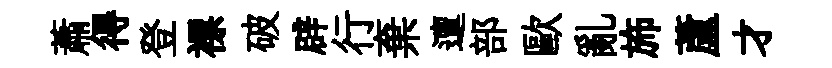
蕭得登褾破辟行棄邅部歐亂斾蘆才